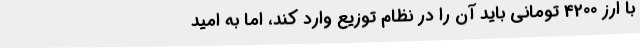
با ارز 4200 تومانی باید آن را در نظام توزیع وارد کند، اما به امید